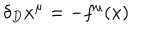
\delta _ { D } x ^ { \mu } = - f ^ { \mu } ( x )